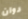
دوان